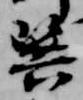
巽